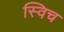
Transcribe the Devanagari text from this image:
स्‍विच